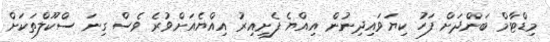
މިޑްޓާމް ބަންދަށް ފަހު ކިޔަވައިދިނުން އިއްޔެ ފެށިއިރު އިއްޔެއަށްވުރެ ވެސް ގިނަ ސްކޫލްތަކަށް